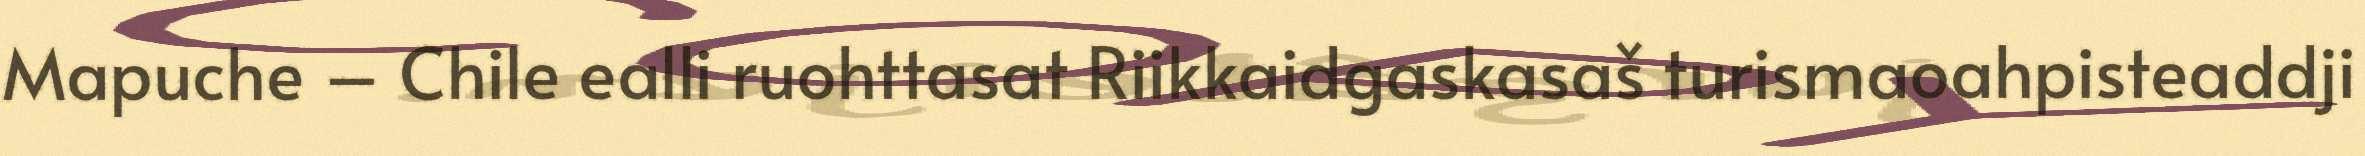
Mapuche – Chile ealli ruohttasat Riikkaidgaskasaš turismaoahpisteaddji